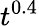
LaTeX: t^{0.4}